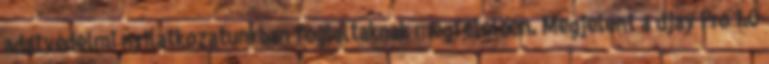
adatvédelmi nyilatkozatunkban foglaltaknak megfelelően. Megjelent a djay Pro 1.0